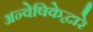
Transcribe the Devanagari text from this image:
अन्वेषिकेद्वारे